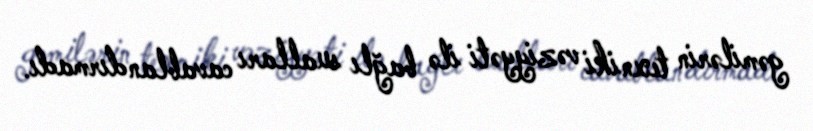
gəmilərin texniki vəziyyəti ilə bağlı sualları cavablandırmadı.